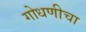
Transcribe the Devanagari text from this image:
गोधणीचा